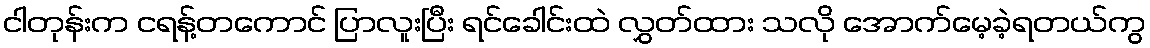
ငါတုန်းက ငရန့်တကောင် ပြာလူးပြီး ရင်ခေါင်းထဲ လွှတ်ထား သလို အောက်မေ့ခဲ့ရတယ်ကွ